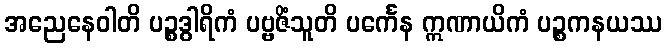
အညေနေဝါတိ ပဉ္စဒွါရိကံ ပဗ္ဗဇိံသူတိ ပင်္ကေန ဣဏာယိကံ ပဉ္စကနယဿ